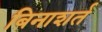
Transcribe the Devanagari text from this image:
बिनाशर्त